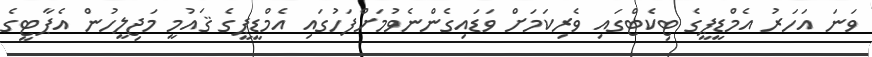
ވަނަ އަހަރު އެމްޑީޕީގެ ޓިކެޓްގައި ވެރިކަމަށް ވަޑައިގެންނެވުމަށްފަހުގައި އެމްޑީޕީގެ ޤައުމީ މަޖިލީހުން އެޕާޓީގެ